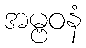
အမ္ဗဝနံ